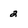
Character: 2